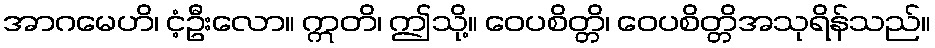
အာဂမေဟိ၊ ငံ့ဦးလော။ ဣတိ၊ ဤသို့။ ဝေပစိတ္တိ၊ ဝေပစိတ္တိအသုရိန်သည်။